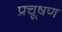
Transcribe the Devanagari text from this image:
प्रचूषण